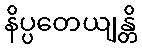
နိပ္ပတေယျန္တိ